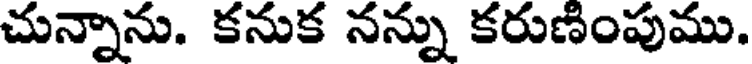
చున్నాను. కనుక నన్ను కరుణింపుము.